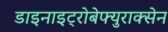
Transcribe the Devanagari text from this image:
डाइनाइट्रोबेफ्युराक्सेन